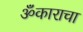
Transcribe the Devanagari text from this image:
ॐकाराचा